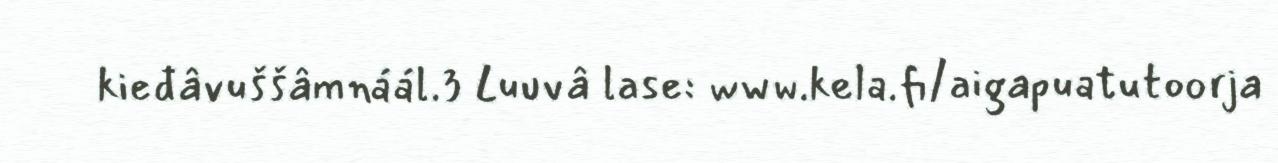
kieđâvuššâmnáál.3 Luuvâ lase: www.kela.fi/aigapuatutoorja